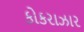
કોકરાઝાર